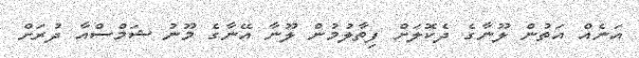
އަނެއް އަތުން ލޫނާގެ ދެކޮލަށް ފިތާލުމުން ލޫނާ އޭނާގެ މޫނު ޝަމްސްއާ ދުރަށް